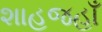
શાહજહાઁ